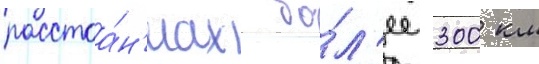
расстоа́н'иах бо́л'ее 300 км